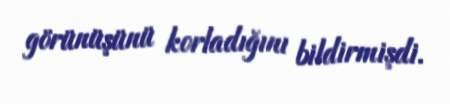
görünüşünü korladığını bildirmişdi.